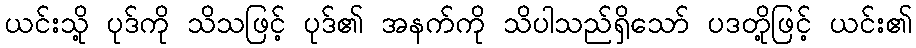
ယင်းသို့ ပုဒ်ကို သိသဖြင့် ပုဒ်၏ အနက်ကို သိပါသည်ရှိသော် ပဒတို့ဖြင့် ယင်း၏